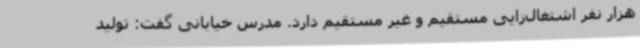
هزار نفر اشتغال‌زایی مستقیم و غیر مستقیم دارد. مدرس خیابانی گفت: تولید